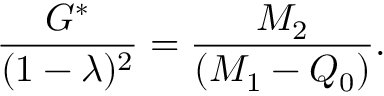
\frac { G ^ { * } } { ( 1 - \lambda ) ^ { 2 } } = \frac { M _ { 2 } } { ( M _ { 1 } - Q _ { 0 } ) } .